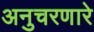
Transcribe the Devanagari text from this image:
अनुचरणारे